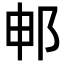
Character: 𬩸